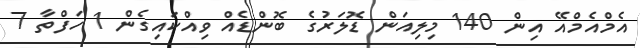
އެމްއެމްއޭ އިން 140 މިލިއަން ޑޮލަރުގެ ބޮންޑެއް ވިއްކައިގެން 1 ހަފްތާ 7